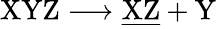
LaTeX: \mathrm{XYZ\longrightarrow\underline{{XZ}}+Y}